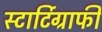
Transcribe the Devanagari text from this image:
स्टार्टिग्राफी